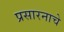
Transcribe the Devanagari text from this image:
प्रसारनाचे